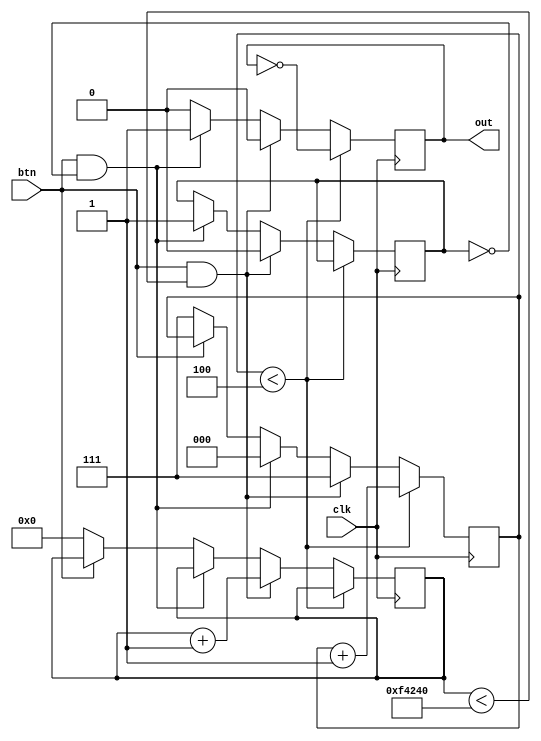
/*
    Debounces an input button signal
    After debounce period, there are 3 pulses of one clock cycle
    Triggers on negative edges for tinming reasons 
*/

module button #(parameter DEBOUNCE_PERIOD = 1000000)(
    input clk,
    input btn,
    output reg out
);

    reg [31:0] debounce_timer;
    
    reg [2:0]   pulse_cnt;
    reg registered;
    
    // Perform debouncing
    always @(posedge clk) begin 
        if (pulse_cnt < 3'd4) begin   // output active
           out <= ~out;
           pulse_cnt <= pulse_cnt + 3'd1;
           registered <= registered;
           debounce_timer <= debounce_timer;
        end else if (btn && debounce_timer < DEBOUNCE_PERIOD) begin // Debouncing
            out <= 0;
            debounce_timer <= debounce_timer + 1;
            registered <= 0;
            pulse_cnt <= 3'd7; // set to max count so it doesn't trigger
        end else if (btn && ~registered) begin // begin pulsing output
            out <= 1;
            debounce_timer <= debounce_timer;
            pulse_cnt <= 3'd0;
            registered <= 1;
        end else if (~btn) begin  // Button not pressed, reset output 
            debounce_timer <= 32'd0;
            out <= 0;
            registered <= registered;
            pulse_cnt <= 3'd7;
        end else begin
            debounce_timer <= debounce_timer;
            out <= 0;
            registered <= registered;
            pulse_cnt <= pulse_cnt;
        end
    end


endmodule 


/*
    Debounces an input button signal
    Output goes high for one clock cycle
    Triggers on negative edges for tinming reasons 
*/
/*
module button #(parameter DEBOUNCE_PERIOD = 1000000)(
    input clk,
    input btn,
    output reg out
);

    reg [31:0] debounce_timer;
    reg registered;
    
    // Perform debouncing
    always @(posedge clk) begin 
        if (btn && debounce_timer < DEBOUNCE_PERIOD) begin // Debouncing
            out <= 0;
            debounce_timer <= debounce_timer + 1;
            registered <= 0;
        end else if (btn & ~registered) begin 
            out <= 1;
            debounce_timer <= debounce_timer;
            registered <= 1;
        end else if (btn) begin // Have output go back low
            out <= 0;
            debounce_timer <= debounce_timer;
            registered <= registered;
        end else begin  // Button not pressed, reset outputs 
            debounce_timer <= 32'd0;
            out <= 0;
            registered <= 0;
        end
    end


endmodule 
*/